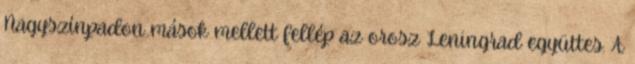
Nagyszínpadon mások mellett fellép az orosz Leningrad együttes. A